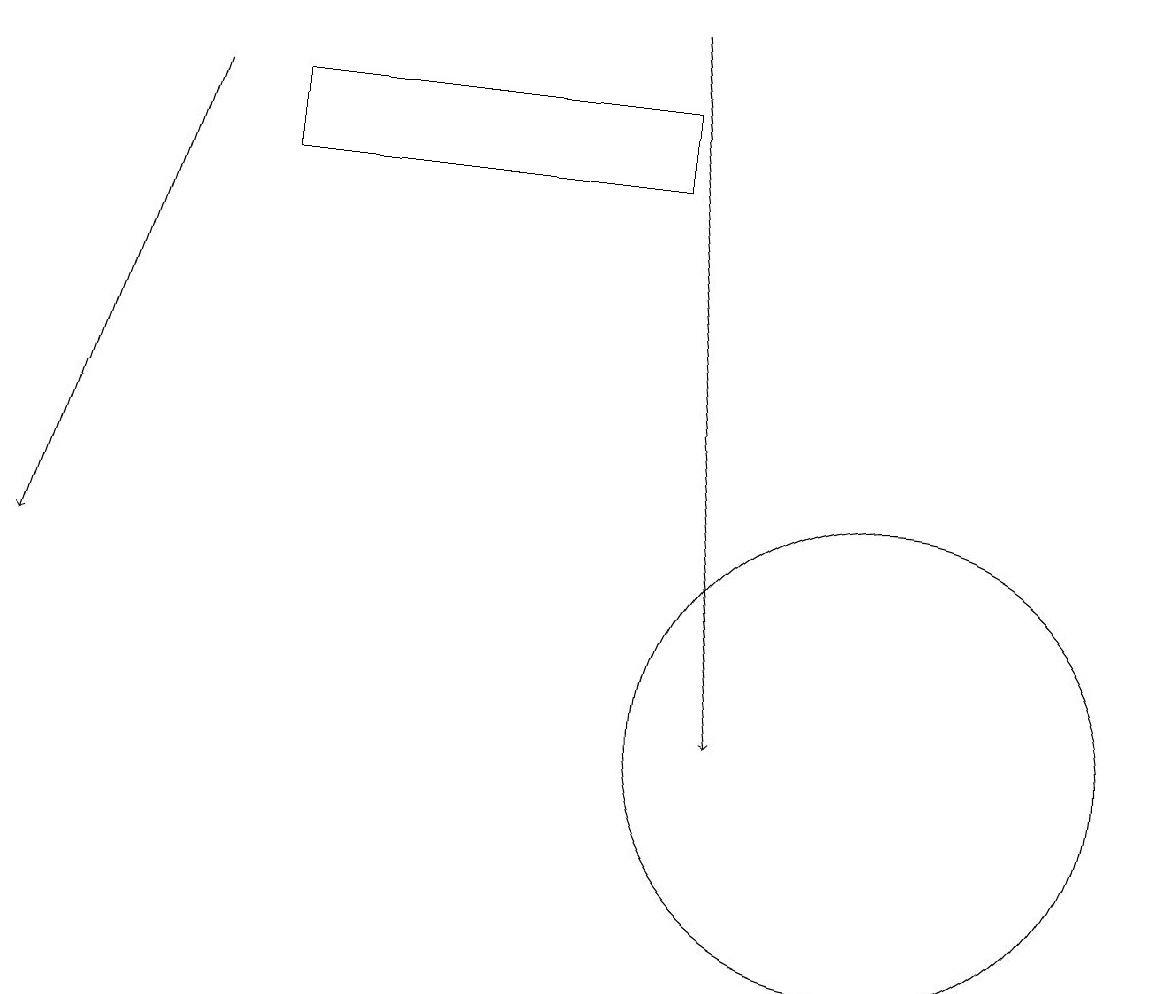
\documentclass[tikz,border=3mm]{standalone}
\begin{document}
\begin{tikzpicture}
\draw[->] (2,18) -- (0,12);
\draw[->] (8,19) -- (9,10);
\draw (3,18) rectangle (8,17);
\draw (11,10) circle (3);
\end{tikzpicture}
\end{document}